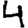
Digit: 4